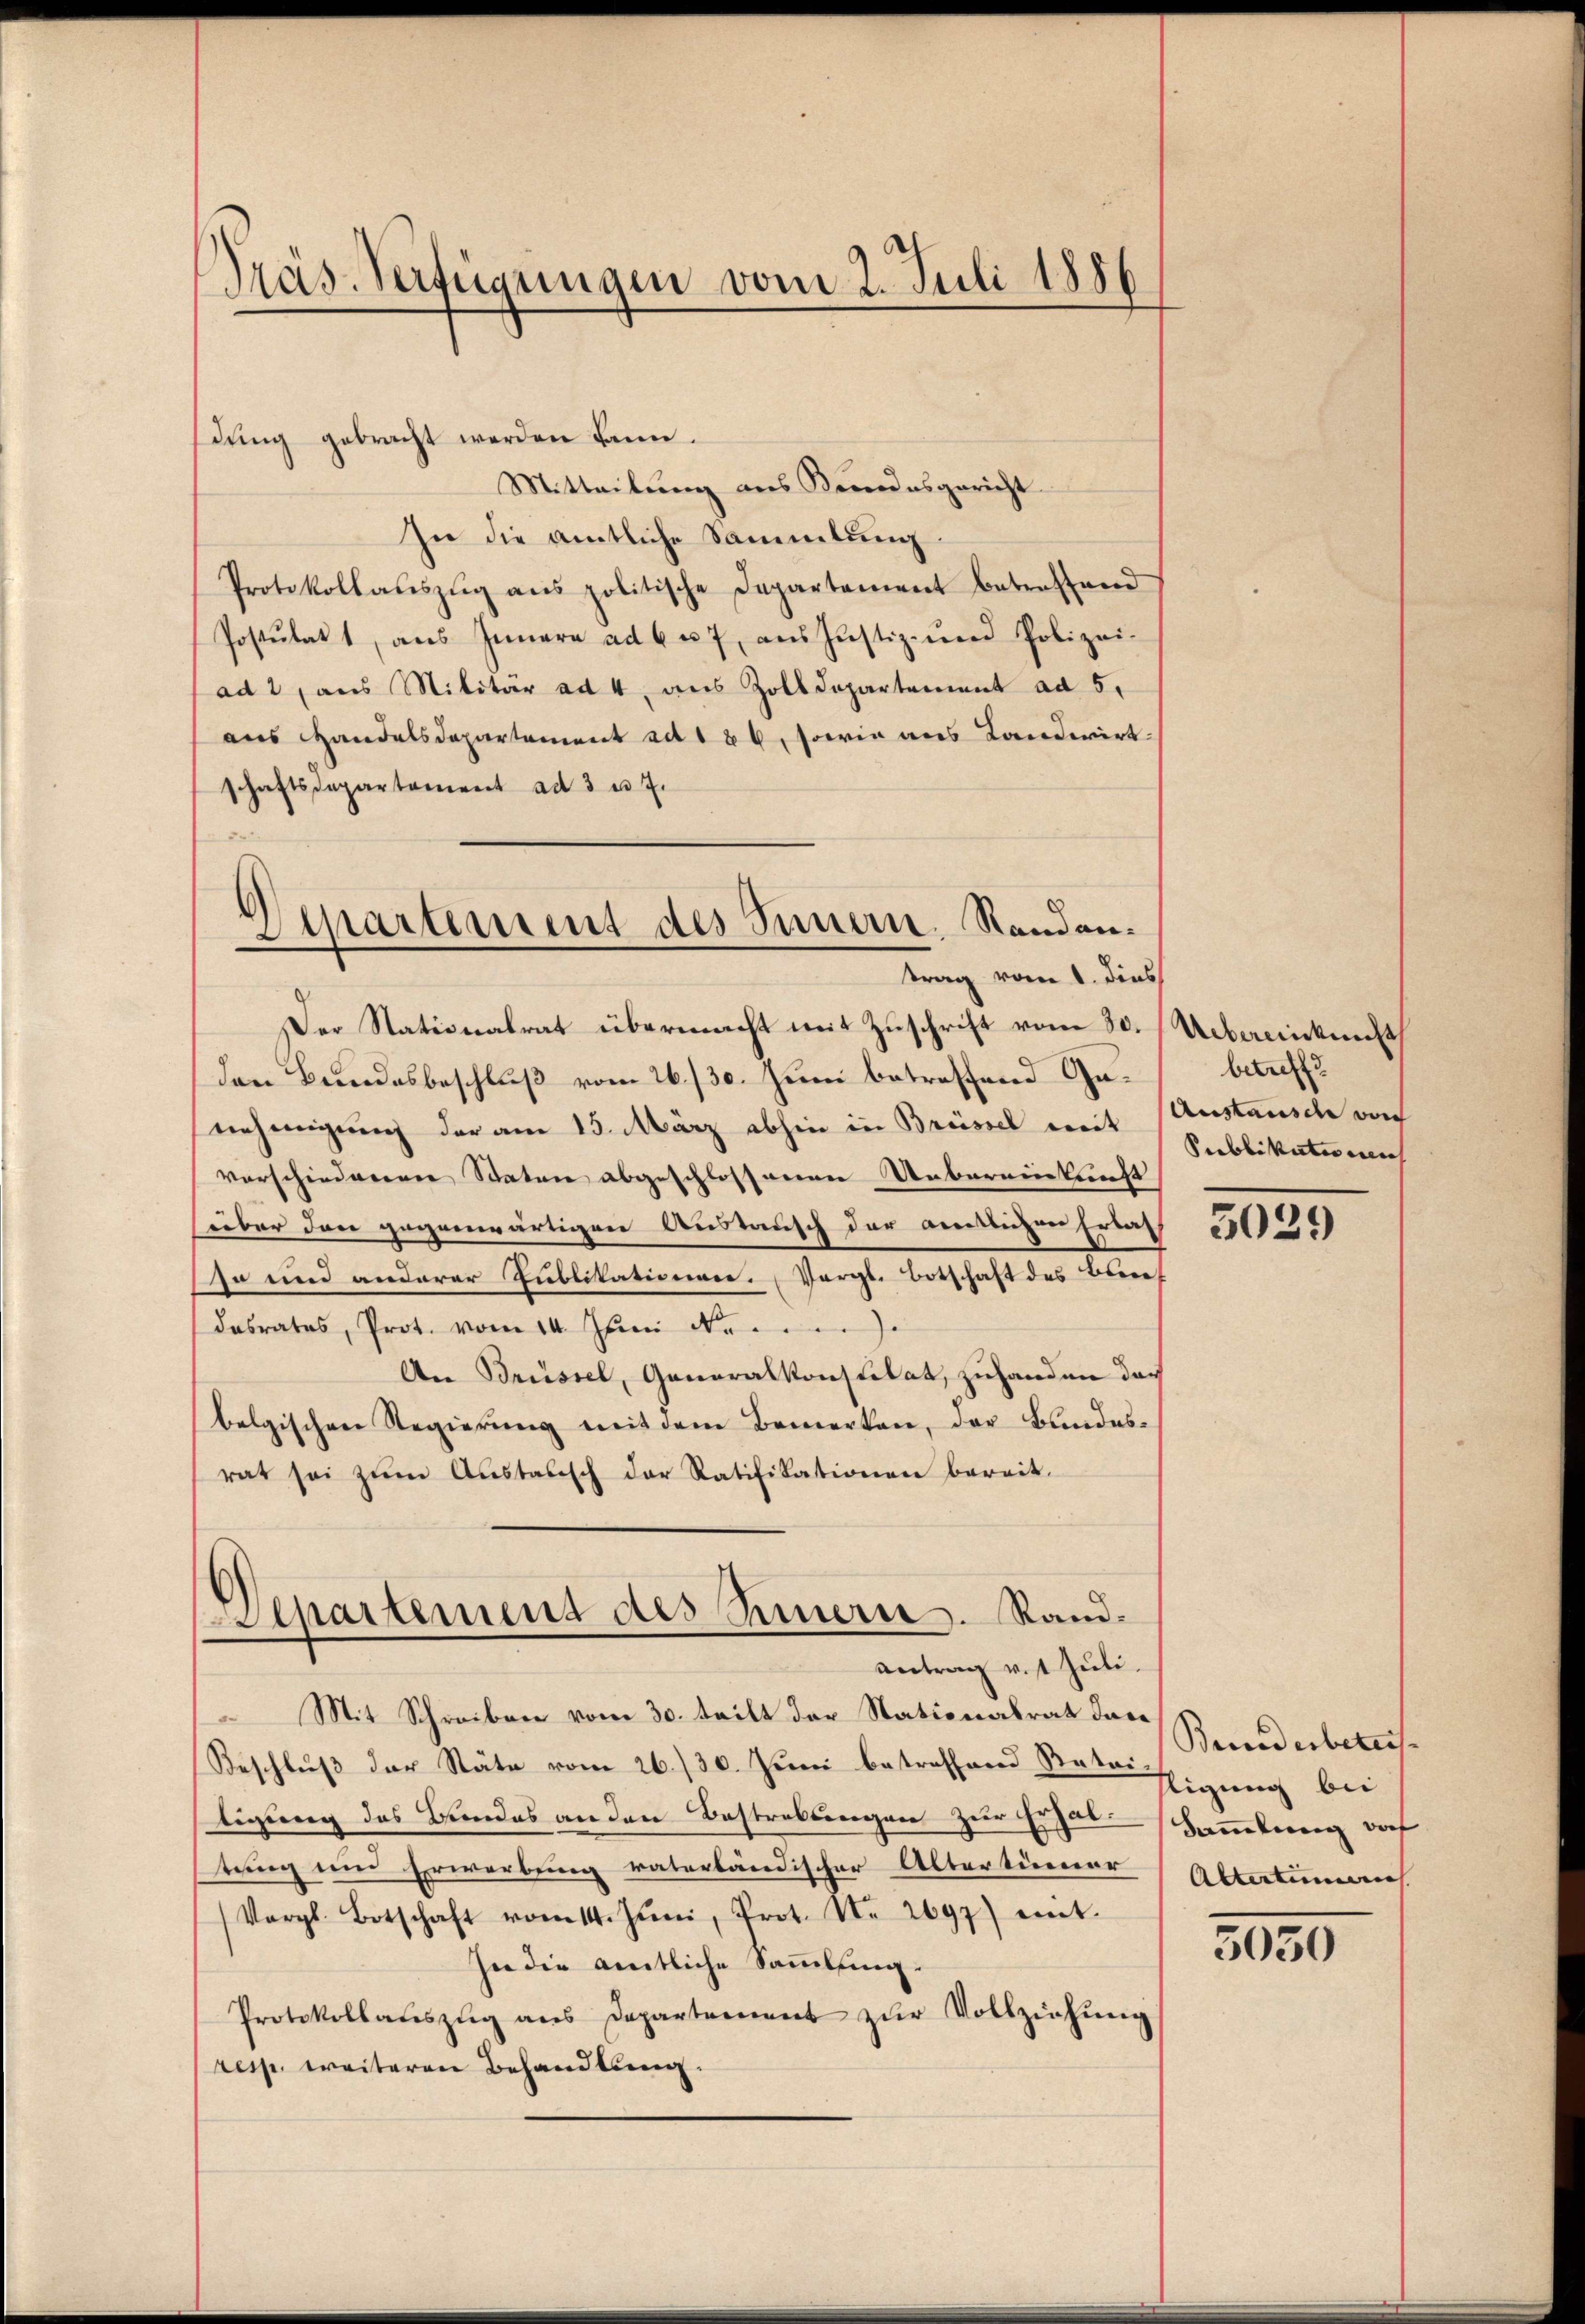
dŭng gebracht werden kann.
Mitteilung aus Kundesgericht
In die amtliche Sammlung
Protokollaŭszŭg ans politische Departement betreffend
Postulat, aŭs Innern ad 6 u. 7, aus Justiz- und Polizei-
ad 2, aus Militär ad 4. aus Zolldepartement ad 5.
aus Handelsdepartement ad 186, sowie aus Landwirt
schaftsdepartement ad 3 u. 7.

Präs. Verfügungen vom 2. Juli 1886

Departement des Innern. Randantrag vom 1. dies

Der Stationalrat übermacht mit Zuschrift vom 30. Uebereinkunft
den Bundesbeschluß vom 26./30. Juni betreffend Genehmigung der am 15. März abhin in Brüssel mit Austausch von
vorschiedenen Staten abgeschlossenen Unbereinkunft
über den gegenwärtigen Austausch der amtlichen Erlas
so und anderer Publikationen. (Vergl. Botschaft des Bundasrates, Prot. vom 14. Juni N.
An Brüssel, Generalkonstitat, zuhanden doch
belgischen Regierŭng mit dem Bemerken, der Bundesrat sei zum Austausch der Ratifikationen bereit.
Departement des Innern. Rand¬
Antrag v. 1. Juli.
 Mit Schreiben vom 30. teilt der Stationalrat dase
Beschluß der Stäte vom 26./30. Juni betreffend Rater Bundebeteitigung des Bundes an den Bestraktangen zur Erhal-Sammlung daf
tuung ein Erwerbung vaterländischer Alterturner
Vergl. Botschaft vom 14. Juni, Prot. Nr. 2697) eint.
In die amtliche Sammlung.
Protokollaŭszŭg ans Departement zŭr Vollziehŭng
resp. weiteren Behandlung.

betreff
Publikationen

5029

lligung bei
Altertemen

3050